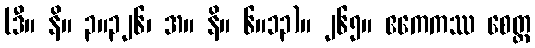
(ဒီ။ နိ။ ၃။၃၂၆၊ အ။ နိ။ ၆။၁၃)။ ၂၆၅။ ဧကေကဿ စေတ္ထ